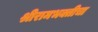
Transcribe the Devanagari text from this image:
श्रीरामभक्तीचा